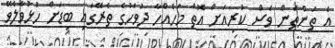
އެ ތަންތަން ވެސް ކުރިއަށް އޮތް މަހެއްހާ ދުވަހުގެ ތެރޭގައި ބިޑަށް ހުޅުވާލެވޭ